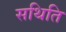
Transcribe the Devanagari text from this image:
सथिति